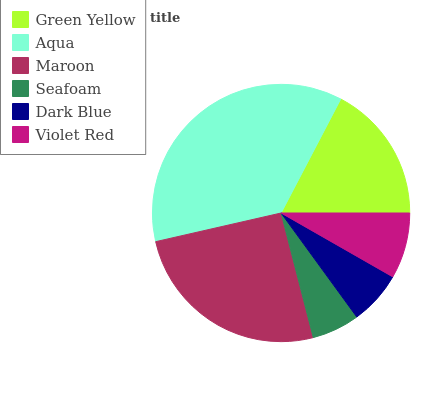
| Green Yellow | Aqua | Maroon | Seafoam | Dark Blue | Violet Red |
 | --- | --- | --- | --- | --- | --- |
 | 17.3% | 36.3% | 25.4% | 6% | 6.71% | 8.25% |